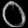
Digit: ၀